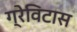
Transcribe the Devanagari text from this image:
ग्रेविटास